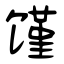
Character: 馑